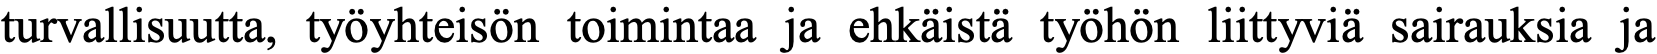
turvallisuutta, työyhteisön toimintaa ja ehkäistä työhön liittyviä sairauksia ja